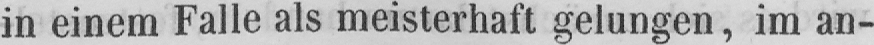
in einem Falle als meisterhaft gelungen, im an-